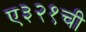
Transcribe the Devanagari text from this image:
ए३२१ची